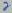
Text: 2